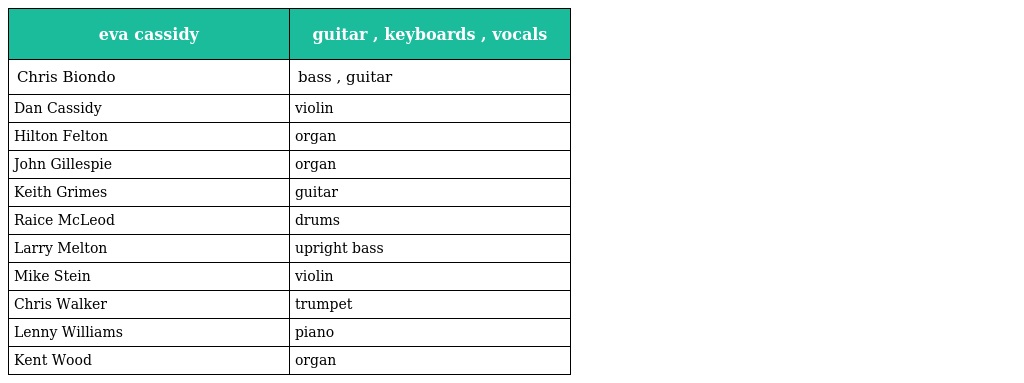
| eva cassidy | guitar , keyboards , vocals |
 | --- | --- |
 | Chris Biondo | bass , guitar |
 | Dan Cassidy | violin |
 | Hilton Felton | organ |
 | John Gillespie | organ |
 | Keith Grimes | guitar |
 | Raice McLeod | drums |
 | Larry Melton | upright bass |
 | Mike Stein | violin |
 | Chris Walker | trumpet |
 | Lenny Williams | piano |
 | Kent Wood | organ |